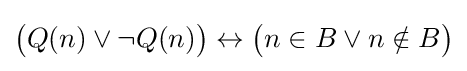
{\big (}Q(n)\lor \neg Q(n){\big )}\leftrightarrow {\big (}n\in B\lor n\notin B{\big )}